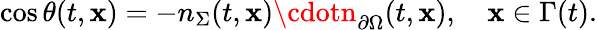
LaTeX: \cos\theta(t,\mathbf{x})=-n_{\Sigma}(t,\mathbf{x})\cdotn_{\partial\Omega}(t,\mathbf{x}),\quad\mathbf{x}\in\Gamma(t).